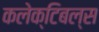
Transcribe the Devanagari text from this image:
कलेक्टिबल्स